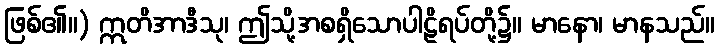
ဖြစ်၏။) ဣတိအာဒီသု၊ ဤသို့အစရှိသောပါဠိရပ်တို့၌။ မာနော၊ မာနသည်။